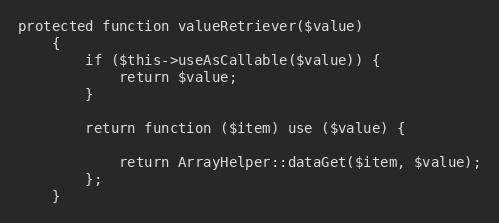
Language: PHP
protected function valueRetriever($value)
    {
        if ($this->useAsCallable($value)) {
            return $value;
        }

        return function ($item) use ($value) {

            return ArrayHelper::dataGet($item, $value);
        };
    }